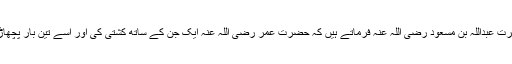
حضرت عبداللہ بن مسعود رضی اللہ عنہ فرماتے ہیں کہ حضرت عمر رضی اللہ عنہ ایک جن کے ساتھ کشتی کی اور اسے تین بار پچھاڑ دیا۔